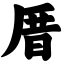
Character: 厝